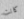
كانت